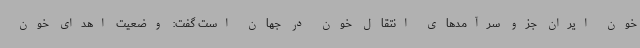
خون ایران جزو سرآمدهای انتقال خون در جهان است گفت: وضعیت اهدای خون